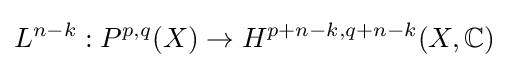
L^{n-k}:P^{p,q}(X)\to H^{p+n-k,q+n-k}(X,\mathbb {C} )